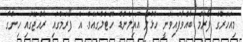
މިއަހަރުގެ ފޯރަމް ބާއްވާފައިވަނީ ހުޅުލޭ އައިލެންޑް ހޮޓެލްގައެވެ. އެ ފޯރަމްގައި ރާއްޖޭގައި ހިންގާ